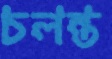
চলন্ত